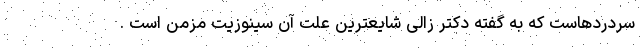
سردردهاست که به گفته دکتر زالی شایعترین علت آن سینوزیت مزمن است .